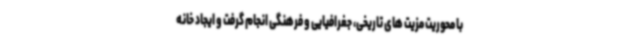
با محوریت مزیت های تاریخی، جغرافیایی و فرهنگی انجام گرفت و ایجاد خانه